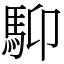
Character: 䭹